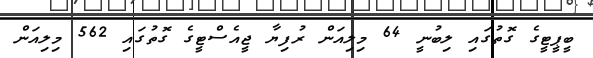
ބީޕީޓީގެ ގޮތުގައި ލިބުނީ 64 މިލިއަން ރުފިޔާ ޖީއެސްޓީގެ ގޮތުގައި 562 މިލިއަން